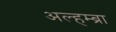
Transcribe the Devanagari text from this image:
अल्हम्ब्रा